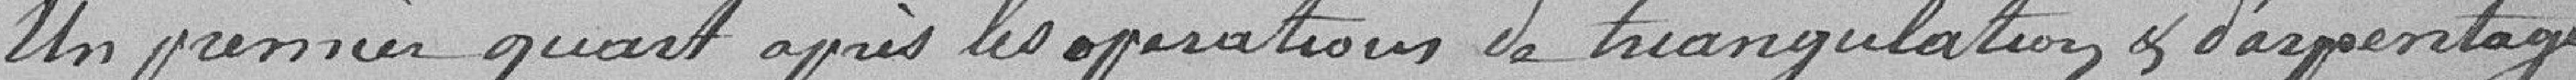
Un premier quart après les opérations de triangulation et d'arpentage